Streptothrix isolated from the spleen of a leper - Number 51
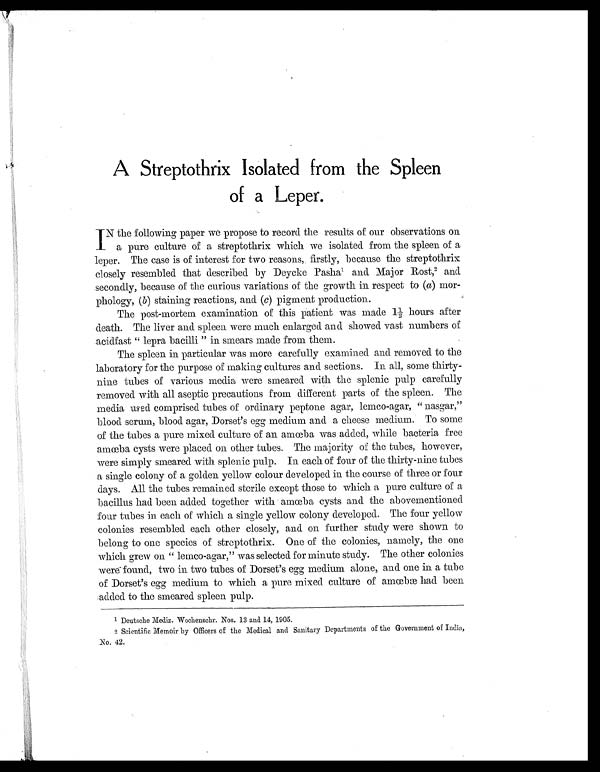
A Streptothrix Isolated from the Spleen
of a Leper.
I N the following paper we propose to record the results of our observations on
a pure culture of a streptothrix which we isolated from the spleen of a
leper. The case is of interest for two reasons, firstly, because the streptothrix
closely resembled that described by Deycke Pasha 1 and. Major Rost,2 and
secondly, because of the curious variations of the growth in respect to ( a) mor-
phology, ( b) staining reactions, and ( c) pigment production.
The post-mortem examination or this patient was made 1½ hours after
death. The liver and spleen were much enlarged and showed vast numbers of
acidfast " lepra bacilli " in smears made from them.
The spleen in particular was more carefully examined and removed to the
laboratory for the purpose of making cultures and sections. In all, some thirty-
nine tubes of various media were smeared with the splenic pulp carefully
removed with all aseptic precautions from different parts of the spleen. The
media used comprised tubes of ordinary peptone agar, lemco-agar, " nasgar,"
blood serum, blood agar, Dorset's egg medium and a cheese medium. To some
of the tubes a pure mixed culture of an amœba was added, while bacteria free
amœba cysts were placed on other tubes. The majority of the tubes, however,
were simply smeared with splenic pulp. In each of four of the thirty-nine tubes
a single colony of a golden yellow colour developed in the course of three or four
days, All the tubes remained sterile except those to which a pure culture of a
bacillus had been added together with amœba cysts and the abovementioned
four tubes in each of which a single yellow colony developed. The four yellow
colonies resembled each other closely, and on further study were shown to
belong to one species of streptothrix. One of the colonies, namely, the one
which grew on " lemco-agar," was selected for minute study. The other colonies
were found, two in two tubes of Dorset's egg medium alone, and one in a tube
of Dorset's egg medium to which a pure mixed culture of amœbæ had been
added to the smeared spleen pulp.
1 Deutsche Mediz. Wochenschr. Nos. 13 and 14, 1905.
2 Scientific Memoir by Officers of the Medical and Sanitary Departments of the Government of India,
No. 42.